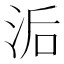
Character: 洉